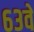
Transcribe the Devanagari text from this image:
६३वें